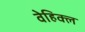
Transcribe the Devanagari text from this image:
वेहिक्ल